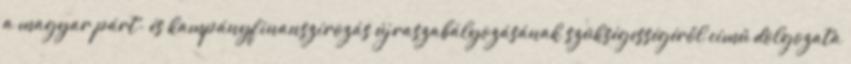
a magyar párt- és kampányfinanszírozás újraszabályozásának szükségességéről című dolgozata